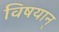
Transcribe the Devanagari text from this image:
विषयान्